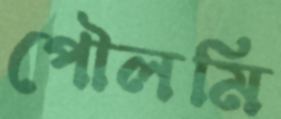
পৌলমি